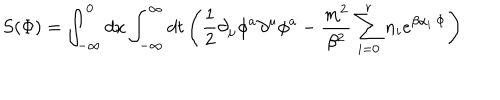
S ( \Phi ) = \int _ { - \infty } ^ { 0 } d x \int _ { - \infty } ^ { \infty } d t \left( \frac { 1 } { 2 } \partial _ { \mu } \phi ^ { a } \partial ^ { \mu } \phi ^ { a } - \frac { m ^ { 2 } } { \beta ^ { 2 } } \sum _ { i = 0 } ^ { r } n _ { i } e ^ { \beta \alpha _ { i } \cdot \Phi } \right)